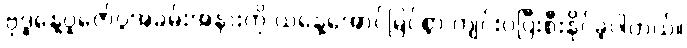
ဗုဒ္ဓနေ့ပူဇော်ပွဲအခမ်းအနားကို ယနေ့အောင်မြင်စွာ ကျင်းပပြီးစီးနိုင်ခဲ့ပါတယ်။